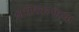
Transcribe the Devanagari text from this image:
अमेरिकनांच्या